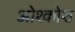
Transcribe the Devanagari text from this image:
ओश्कोश